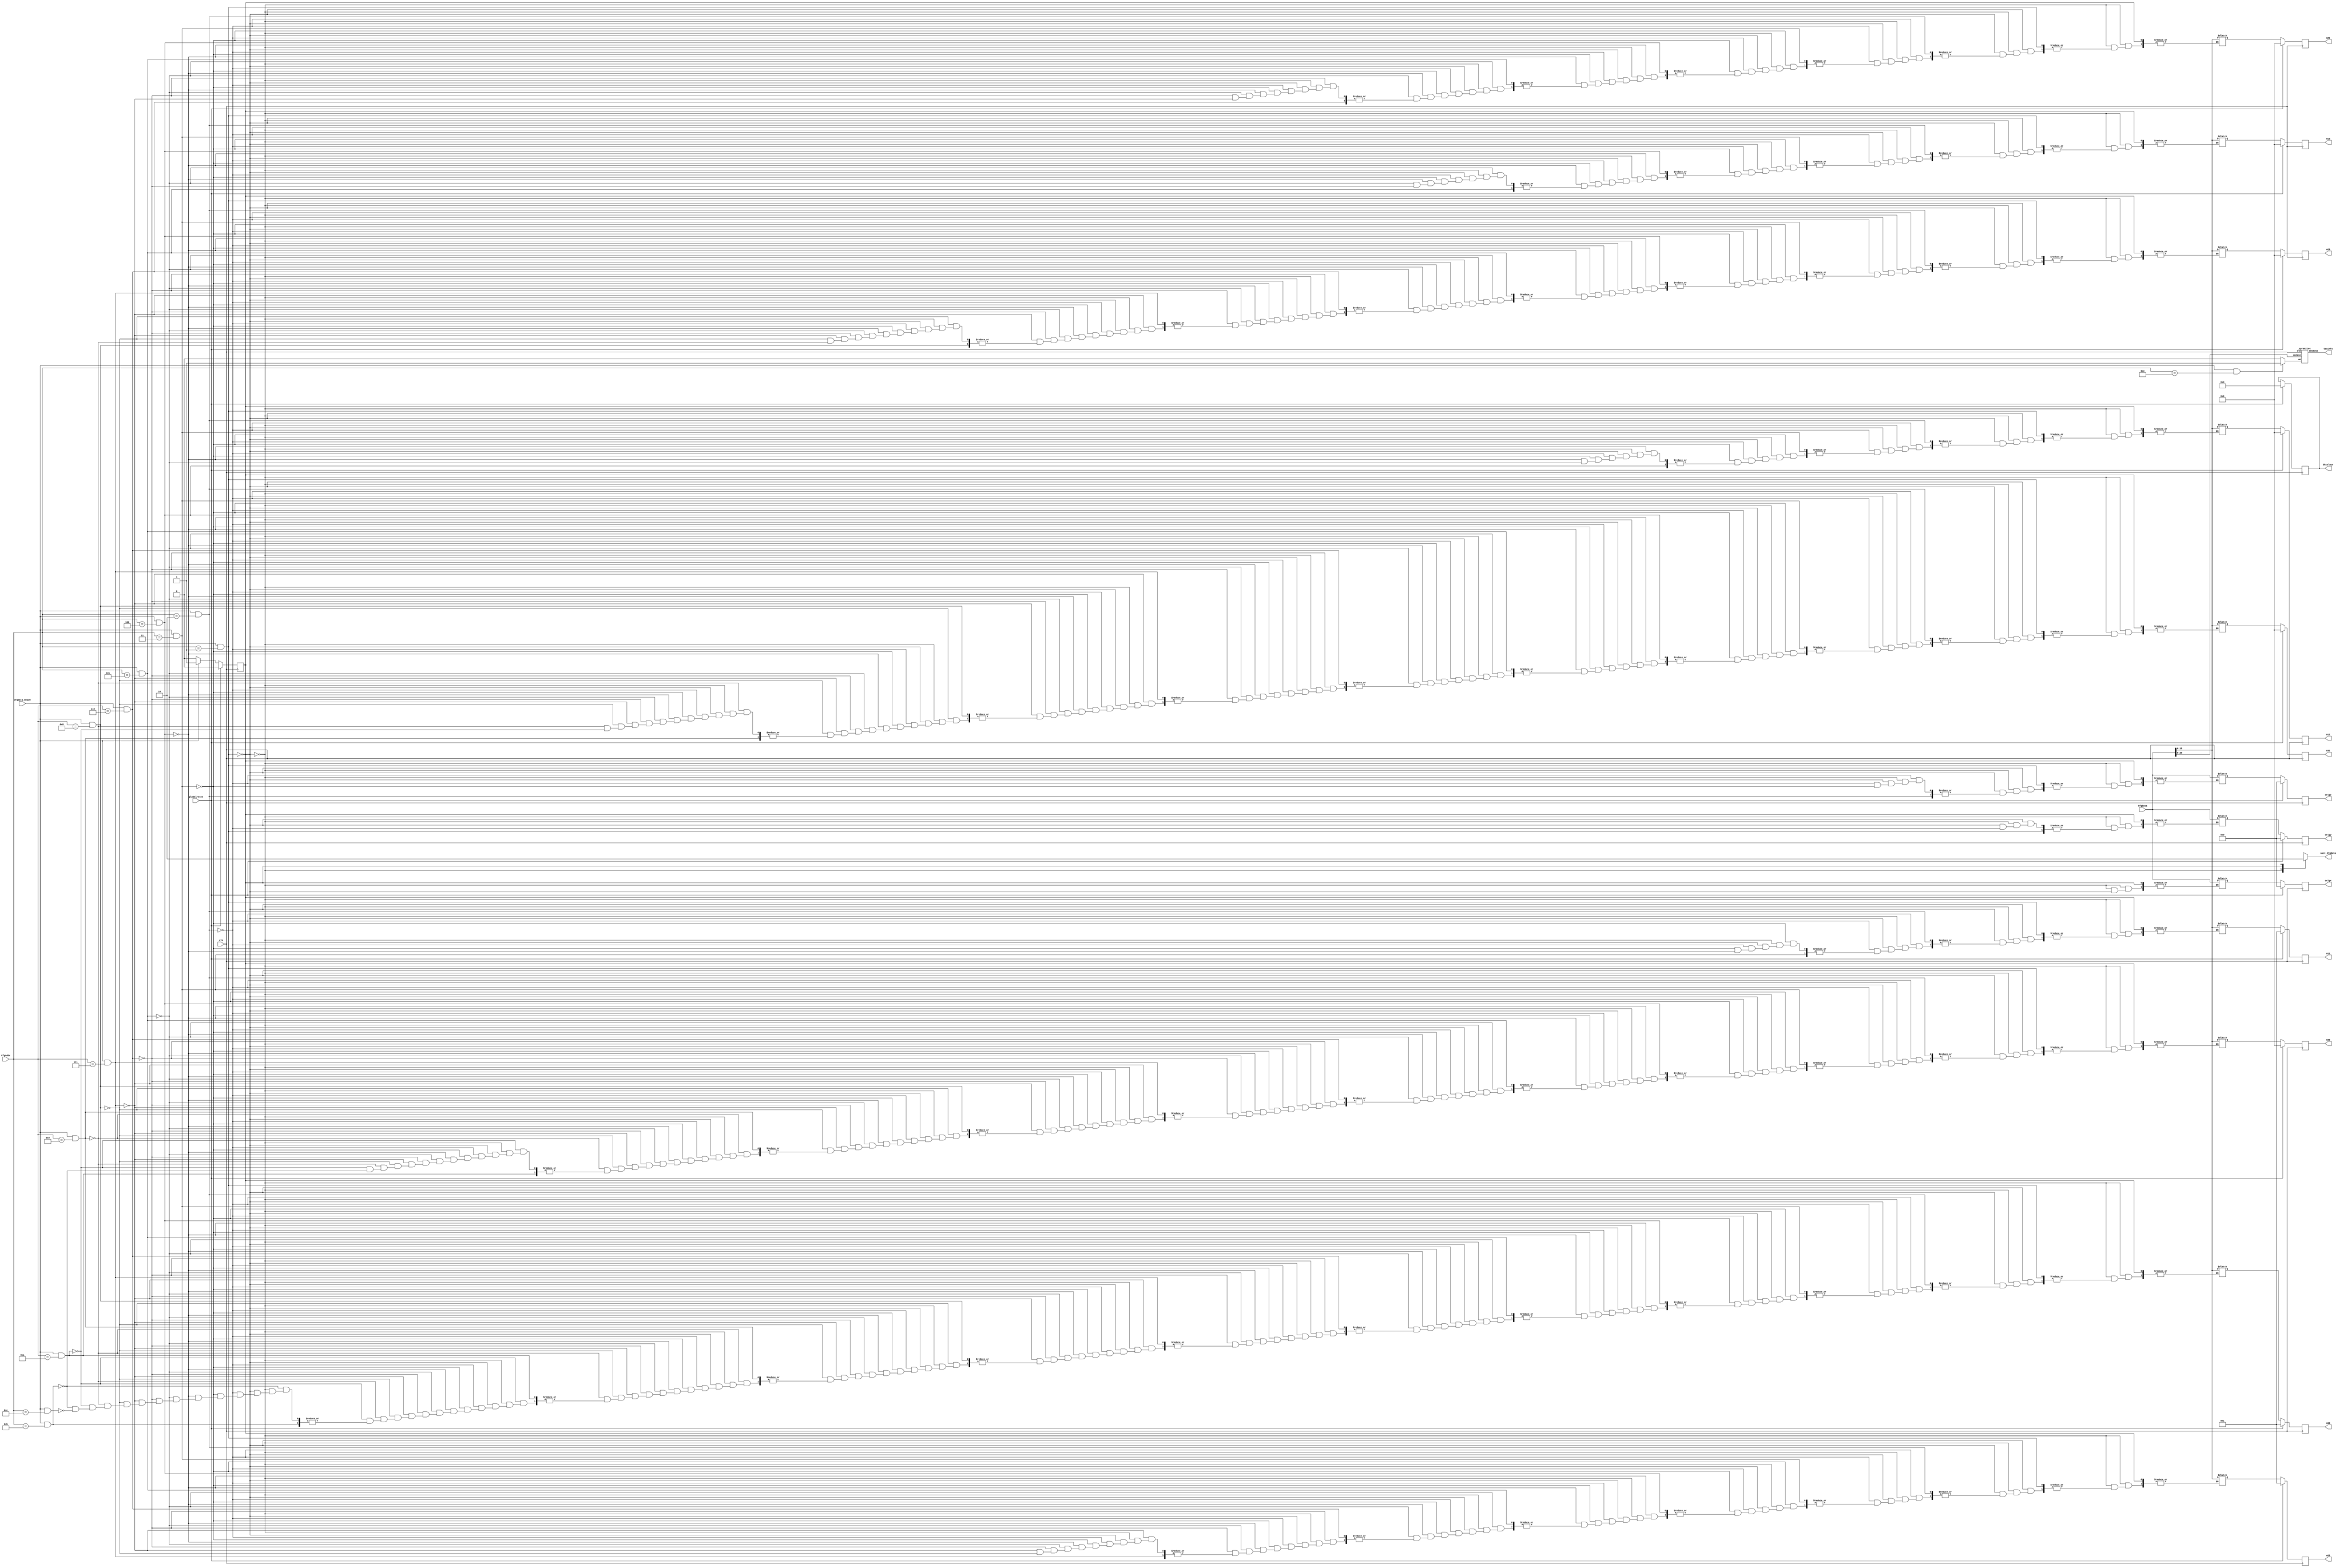
`define SIMULATION_MEMORY

module rgconfigmemory (CfgAddr, CfgData, CfgData_Ready, want_CfgData, origx, origy, origz, m11, m12, m13, m21, m22, m23, m31, m32, m33, bkcolour, texinfo, globalreset, clk);


    input[3:0] CfgAddr; 
    input[27:0] CfgData; 
    input CfgData_Ready; 
    output want_CfgData; 
    reg want_CfgData;
    output[27:0] origx; 
    reg[27:0] origx;
    output[27:0] origy; 
    reg[27:0] origy;
    output[27:0] origz; 
    reg[27:0] origz;
    output[15:0] m11; 
    reg[15:0] m11;
    output[15:0] m12; 
    reg[15:0] m12;
    output[15:0] m13; 
    reg[15:0] m13;
    output[15:0] m21; 
    reg[15:0] m21;
    output[15:0] m22; 
    reg[15:0] m22;
    output[15:0] m23; 
    reg[15:0] m23;
    output[15:0] m31; 
    reg[15:0] m31;
    output[15:0] m32; 
    reg[15:0] m32;
    output[15:0] m33; 
    reg[15:0] m33;
    output[20:0] bkcolour; 
    reg[20:0] bkcolour;
    output[20:0] texinfo; 

    wire[20:0] texinfo;
    input globalreset; 
    input clk; 

    reg state; 
    reg next_state; 
    wire we; 

    reg[27:0] temp_origx;
    reg[27:0] temp_origy;
    reg[27:0] temp_origz;
    reg[15:0] temp_m11;
    reg[15:0] temp_m12;
    reg[15:0] temp_m13;
    reg[15:0] temp_m21;
    reg[15:0] temp_m22;
    reg[15:0] temp_m23;
    reg[15:0] temp_m31;
    reg[15:0] temp_m32;
    reg[15:0] temp_m33;
    reg[20:0] temp_bkcolour;

    // <<X-HDL>> Can't find translated component 'spram'. Module name may not match
    spram21x4 spraminst(we, texinfo, CfgData[20:0], clk); 
    assign we = ((CfgData_Ready == 1'b1) & (CfgAddr == 4'b1110)) ? 1'b1 : 1'b0 ;

    always @(posedge clk)
    begin
       if (globalreset == 1'b1)
       begin
          state <= 0 ; 
          origx <= 0;
          origy <= 0;

          origz <= 0;
          m11 <= 1;
          m12 <= 0;
          m13 <= 0;
          m21 <= 0;
          m22 <= 1;
          m23 <= 0;
          m31 <= 0;
          m32 <= 0;
         m33 <= 1;
          bkcolour <= 0;
       end
       else
       begin
          state <= next_state ; 
          origx <= temp_origx;
          origy <= temp_origy;
          origz <= temp_origz;
          m11 <= temp_m11;
          m12 <= temp_m12;
          m13 <= temp_m13;
          m21 <= temp_m21;
          m22 <= temp_m22;
          m23 <= temp_m23;
          m31 <= temp_m31;
          m32 <= temp_m32;
         m33 <= temp_m33;
          bkcolour <= bkcolour;
       end 
    end 

    always @(state or CfgData_Ready)
    begin
       case (state)
          0 :
                   begin
                      want_CfgData = 1'b1 ; 
                      if (CfgData_Ready == 1'b1)
                      begin
                         next_state = 1 ; 
                      end

                      else
                      begin
                         next_state = 0 ; 
                      end 

              if ((CfgData_Ready == 1'b1) && (CfgAddr == 4'b0001))
                        begin
											temp_origx = CfgData ; 
						end
                        else if ((CfgData_Ready == 1'b1) && (CfgAddr == 4'b0010))
                        begin
                                           temp_origy = CfgData ; 
						end
                        else if ((CfgData_Ready == 1'b1) && (CfgAddr == 4'b0011))
                        begin
                                           temp_origz = CfgData ; 
						end
                        else if ((CfgData_Ready == 1'b1) && (CfgAddr == 4'b0100))
                        begin
                                           temp_m11 = CfgData[15:0] ; 
						end
                        else if ((CfgData_Ready == 1'b1) && (CfgAddr == 4'b0101))
                        begin
                                           temp_m12 = CfgData[15:0] ; 
						end
                        else if ((CfgData_Ready == 1'b1) && (CfgAddr == 4'b0110))
                        begin
                                           temp_m13 = CfgData[15:0] ; 
						end
                        else if ((CfgData_Ready == 1'b1) && (CfgAddr == 4'b0111))
                        begin
                                           temp_m21 = CfgData[15:0] ; 
						end
                        else if ((CfgData_Ready == 1'b1) && (CfgAddr == 4'b1000))
                        begin
                                           temp_m22 = CfgData[15:0] ; 
						end
                        else if ((CfgData_Ready == 1'b1) && (CfgAddr == 4'b1001))
                        begin
                                           temp_m23 = CfgData[15:0] ; 
						end
                        else if ((CfgData_Ready == 1'b1) && (CfgAddr == 4'b1010))
                        begin
                                           temp_m31 = CfgData[15:0] ; 
						end
                        else if ((CfgData_Ready == 1'b1) && (CfgAddr == 4'b1011))
                        begin
                                           temp_m32 = CfgData[15:0] ; 
						end
                        else if ((CfgData_Ready == 1'b1) && (CfgAddr == 4'b1100))
                        begin
                                           temp_m33 = CfgData[15:0] ; 
						end
                        else if ((CfgData_Ready == 1'b1) && (CfgAddr == 4'b1101))
                        begin
                                           temp_bkcolour = CfgData[20:0] ; 
						end
                   end
          1 :
                   begin
                      want_CfgData = 1'b0 ; 
                      if (CfgData_Ready == 1'b0)
                      begin
                         next_state = 0 ; 
                      end

                      else
                      begin
                         next_state = 1 ; 
                      end 
                   end
       endcase 
    end 
 endmodule
 module spram21x4 (we, dataout, datain, clk);

    input we; 
    output[21 - 1:0] dataout; 
    wire[21 - 1:0] dataout;
    input[21 - 1:0] datain; 
    input clk; 

	reg [7:0] addr;
	
	always @ (posedge clk)
	begin
	 addr[0] <= we;
	 addr [1] <= addr[0];
	 addr [2] <= addr[1];
	 addr [3] <= addr[2];
	 addr [4] <= addr[3];
	 addr [5] <= addr[4];
	 addr [6] <= addr[5];
	 addr [7] <= addr[6];
	 end
//changed to odin 2 ram specifications

defparam new_ram.ADDR_WIDTH = 8;
defparam new_ram.DATA_WIDTH = 21;
single_port_ram new_ram(
  .clk (clk),
  .we(we),
  .data(datain),
  .out(dataout),
  .addr(addr)
  );
  
  
 endmodule
module single_port_ram(
clk,
addr,
data,
we,
out
);

parameter DATA_WIDTH = 256;
parameter ADDR_WIDTH = 10;
input clk;
input [ADDR_WIDTH-1:0] addr;
input [DATA_WIDTH-1:0] data;
input we;
output reg [DATA_WIDTH-1:0] out;

reg [DATA_WIDTH-1:0] ram[ADDR_WIDTH-1:0];

always @(posedge clk) begin
  if (we) begin
    ram[addr] <= data;
  end
  else begin
    out <= ram[addr];
  end
end

endmodule